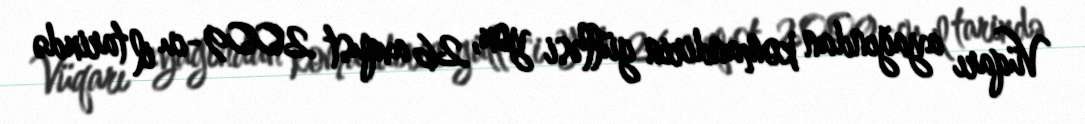
Vüqarı ayağından komandirin gülləsi yox, 26 avqust 2009-cu il tarixdə